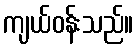
ကျယ်ဝန်းသည်။